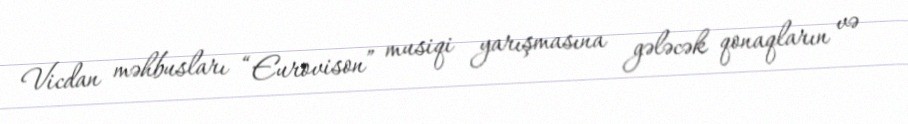
Vicdan məhbusları “Eurovison” musiqi yarışmasına gələcək qonaqların və